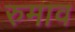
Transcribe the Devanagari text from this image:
रुमाव